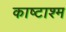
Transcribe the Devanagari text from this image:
काष्टाश्म